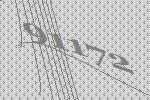
91172